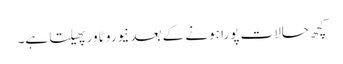
کچھ حالات پورا ہونے کے بعد نیورو ٹاور پھیلتا ہے۔